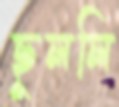
ছুললি